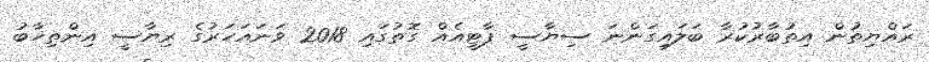
ރައްޔިތުން އިތުބާރުކުރާ ބަލައިގަންނަ ސިޔާސީ ޕާޓީއެއް ގޮތުގައި 2018 ވަނައަހަރުގެ ރިޔާސީ އިންތިޚާބު